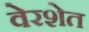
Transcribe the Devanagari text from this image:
वेरशेत